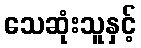
သေဆုံးသူနှင့်